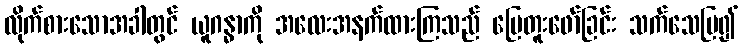
လိုက်စားသောအခါတွင် ယူဂန္ဓာကို အလေးအနက်ထားကြသည် မြေတူးဖော်ခြင်း သက်သေပြ၍